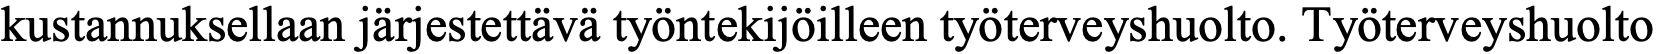
kustannuksellaan järjestettävä työntekijöilleen työterveyshuolto. Työterveyshuolto